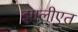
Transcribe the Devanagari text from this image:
झालीएत